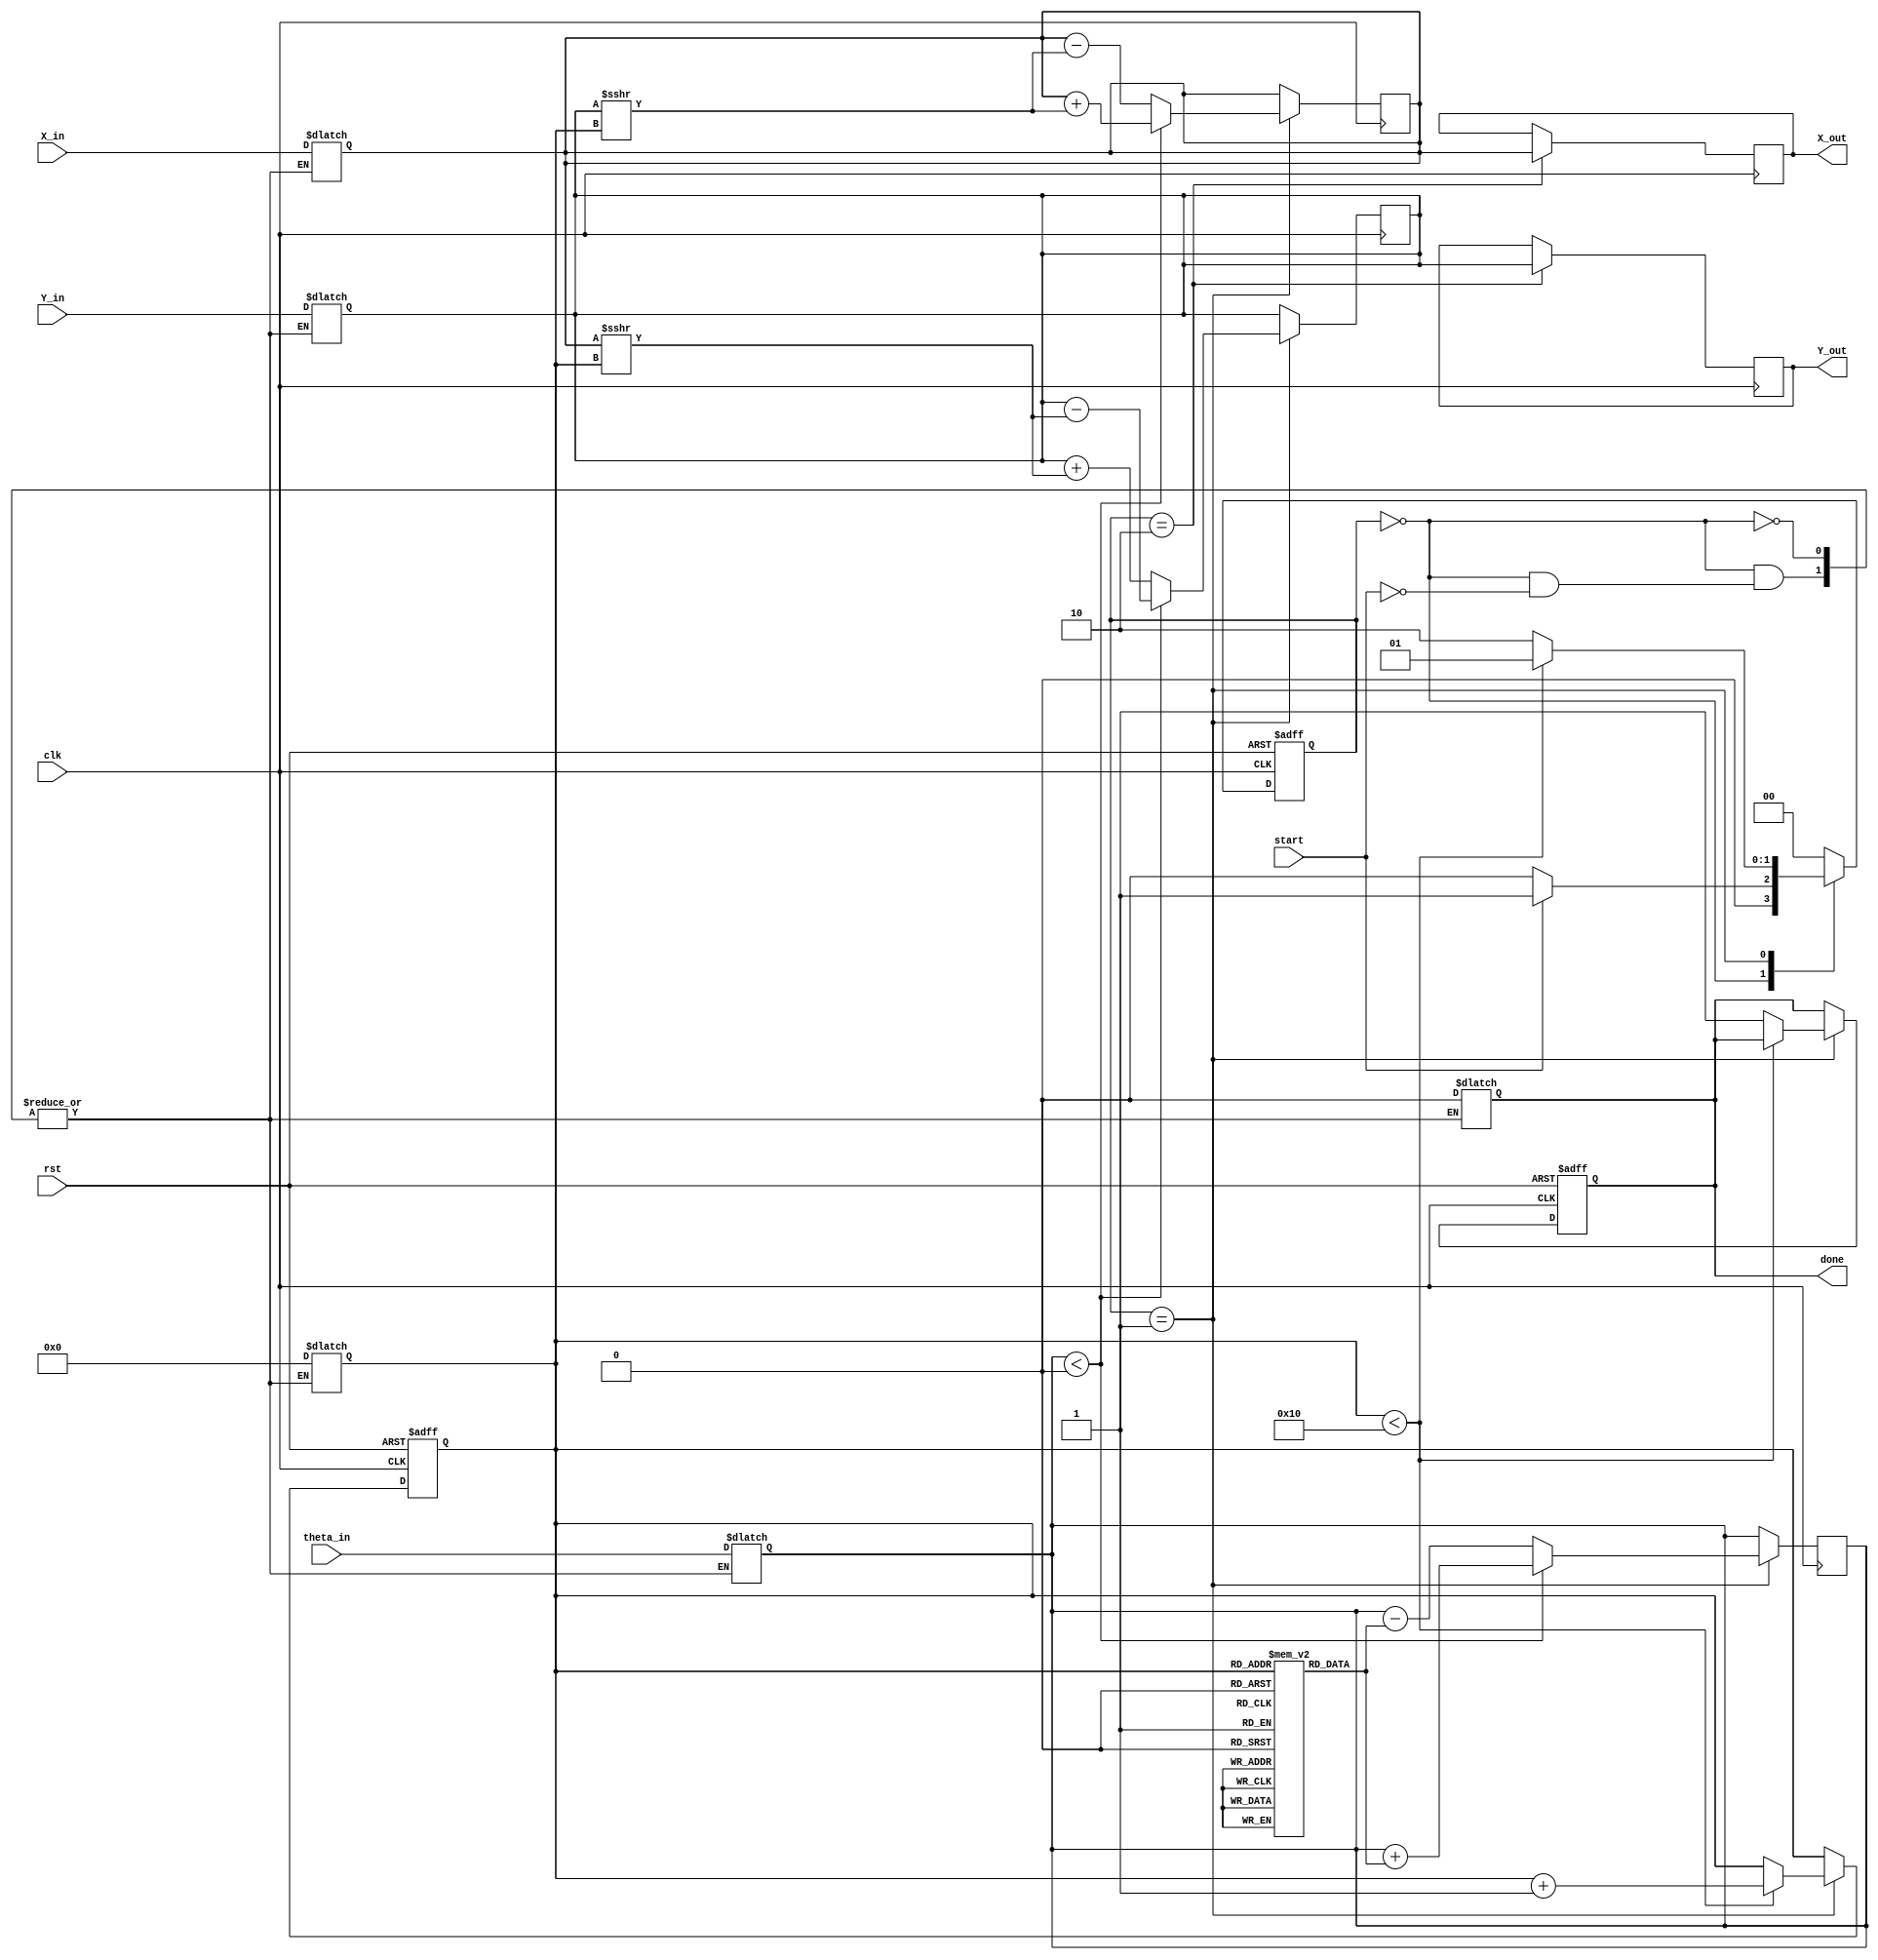
module cordic (
    input wire clk,
    input wire rst,
    input wire start,
    input wire [15:0] X_in,      // Input X vector
    input wire [15:0] Y_in,      // Input Y vector
    input wire [15:0] theta_in,  // Input angle (theta)
    output reg [15:0] X_out,     // Output X vector
    output reg [15:0] Y_out,     // Output Y vector
    output reg done              // Operation done signal
);

    // Parameters
    parameter N = 16;            // Number of iterations
    parameter FIXED_POINT_WIDTH = 16;
    
    // Internal registers
    reg [FIXED_POINT_WIDTH-1:0] X_reg, Y_reg;
    reg [FIXED_POINT_WIDTH-1:0] theta_reg;
    reg [3:0] iteration;         // Iteration counter
    reg [FIXED_POINT_WIDTH-1:0] atan_table [0:N-1]; // Arctangent lookup table
    reg [1:0] state;             // FSM state
    reg [1:0] next_state;

    // FSM states
    localparam IDLE = 2'b00;
    localparam RUN = 2'b01;
    localparam DONE = 2'b10;

    // Initialize arctangent values (atan(2^-i))
    initial begin
        atan_table[0] = 16'h2000; // atan(1) = pi/4 in fixed-point
        atan_table[1] = 16'h1000; // atan(0.5)
        atan_table[2] = 16'h0800; // atan(0.25)
        atan_table[3] = 16'h0400; // atan(0.125)
        // Continue filling the table for more iterations...
        // atan_table[4] = ...
        // ...
    end

    // State machine
    always @(posedge clk or posedge rst) begin
        if (rst) begin
            state <= IDLE;
            iteration <= 0;
            done <= 0;
        end else begin
            state <= next_state;
            if (state == RUN) begin
                if (iteration < N) begin
                    iteration <= iteration + 1;
                end else begin
                    done <= 1;
                end
            end
        end
    end

    // Next state logic
    always @(*) begin
        case (state)
            IDLE: begin
                if (start) begin
                    next_state = RUN;
                    X_reg = X_in;
                    Y_reg = Y_in;
                    theta_reg = theta_in;
                    iteration = 0;
                    done = 0;
                end else begin
                    next_state = IDLE;
                end
            end
            RUN: begin
                if (iteration < N) begin
                    next_state = RUN;
                end else begin
                    next_state = DONE;
                end
            end
            DONE: begin
                next_state = IDLE;
            end
            default: next_state = IDLE;
        endcase
    end

    // CORDIC iteration logic
    always @(posedge clk) begin
        if (state == RUN) begin
            if (theta_reg < 0) begin
                // Counter-clockwise rotation
                X_reg <= X_reg + (Y_reg >>> iteration);
                Y_reg <= Y_reg - (X_reg >>> iteration);
                theta_reg <= theta_reg + atan_table[iteration];
            end else begin
                // Clockwise rotation
                X_reg <= X_reg - (Y_reg >>> iteration);
                Y_reg <= Y_reg + (X_reg >>> iteration);
                theta_reg <= theta_reg - atan_table[iteration];
            end
        end
    end

    // Output assignment
    always @(posedge clk) begin
        if (state == DONE) begin
            X_out <= X_reg;
            Y_out <= Y_reg;
        end
    end

endmodule